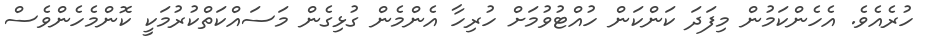
ހުރެއެވެ. އެހެންކަމުން މިފަދަ ކަންކަން ހުއްޓުވުމަށް ހުރިހާ އެންމެން ގުޅިގެން މަސައްކަތްކުރުމަކީ ކޮންމެހެންވެސް